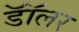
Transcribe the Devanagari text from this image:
डॉॅलर